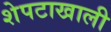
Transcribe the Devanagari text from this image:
शेपटाखाली